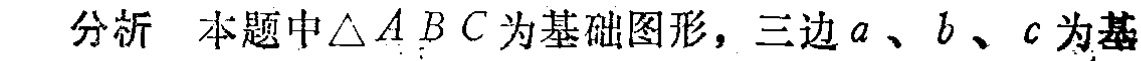
分析 本题中\(\triangle ABC\)为基础图形，三边\(a\)、\(b\)、\(c\)为基